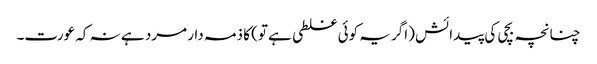
چنانچہ بچی کی پیدائش (اگر یہ کوئی غلطی ہے تو) کا ذمہ دار مرد ہے نہ کہ عورت۔